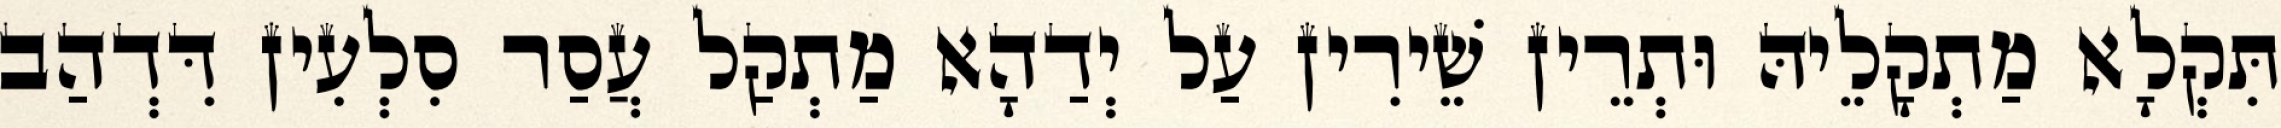
תִּקְלָא מַתְקָלֵיהּ וּתְרֵין שֵׁירִין עַל יְדַהָא מַתְקַל עֲסַר סִלְעִין דִּדְהַב